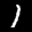
Label: 1